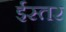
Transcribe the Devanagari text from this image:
ईस्तर